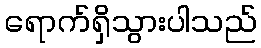
ရောက်ရှိသွားပါသည်